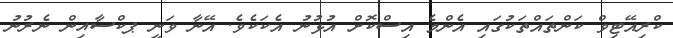
ކްރިއޭޓިވް ކަންތައްތަކުގައި އެންމެ އިސްކޮށް އުޅުނު އެކަކެވެ. އޭނާ ވަނީ ޕކްސާއިން ނެރުނު